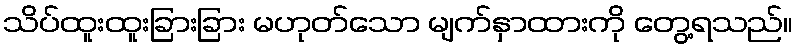
သိပ်ထူးထူးခြားခြား မဟုတ်သော မျက်နှာထားကို တွေ့ရသည်။